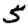
Digit: 5